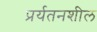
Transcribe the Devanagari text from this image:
प्रर्यतनशील